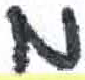
אות: מ